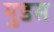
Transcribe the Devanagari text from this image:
युडस